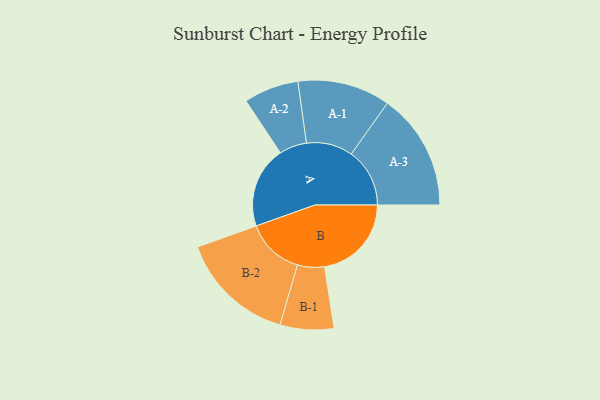
{"axis": {"x": "Segment", "y": "Value"}, "legend": ["", "A", "B"], "data": [{"x": "A", "y": 418, "type": ""}, {"x": "B", "y": 446, "type": ""}, {"x": "A-1", "y": 238, "type": "A"}, {"x": "A-2", "y": 141, "type": "A"}, {"x": "A-3", "y": 300, "type": "A"}, {"x": "B-1", "y": 138, "type": "B"}, {"x": "B-2", "y": 297, "type": "B"}]}